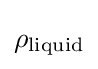
\rho _{\rm {liquid}}